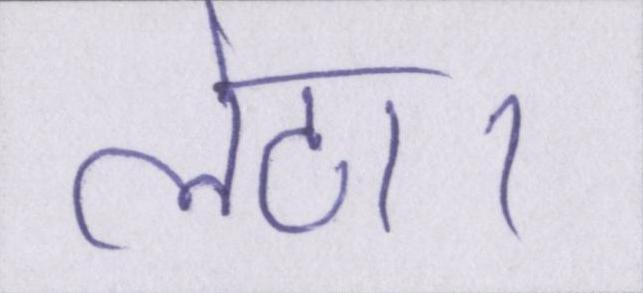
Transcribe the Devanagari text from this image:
लेटा।